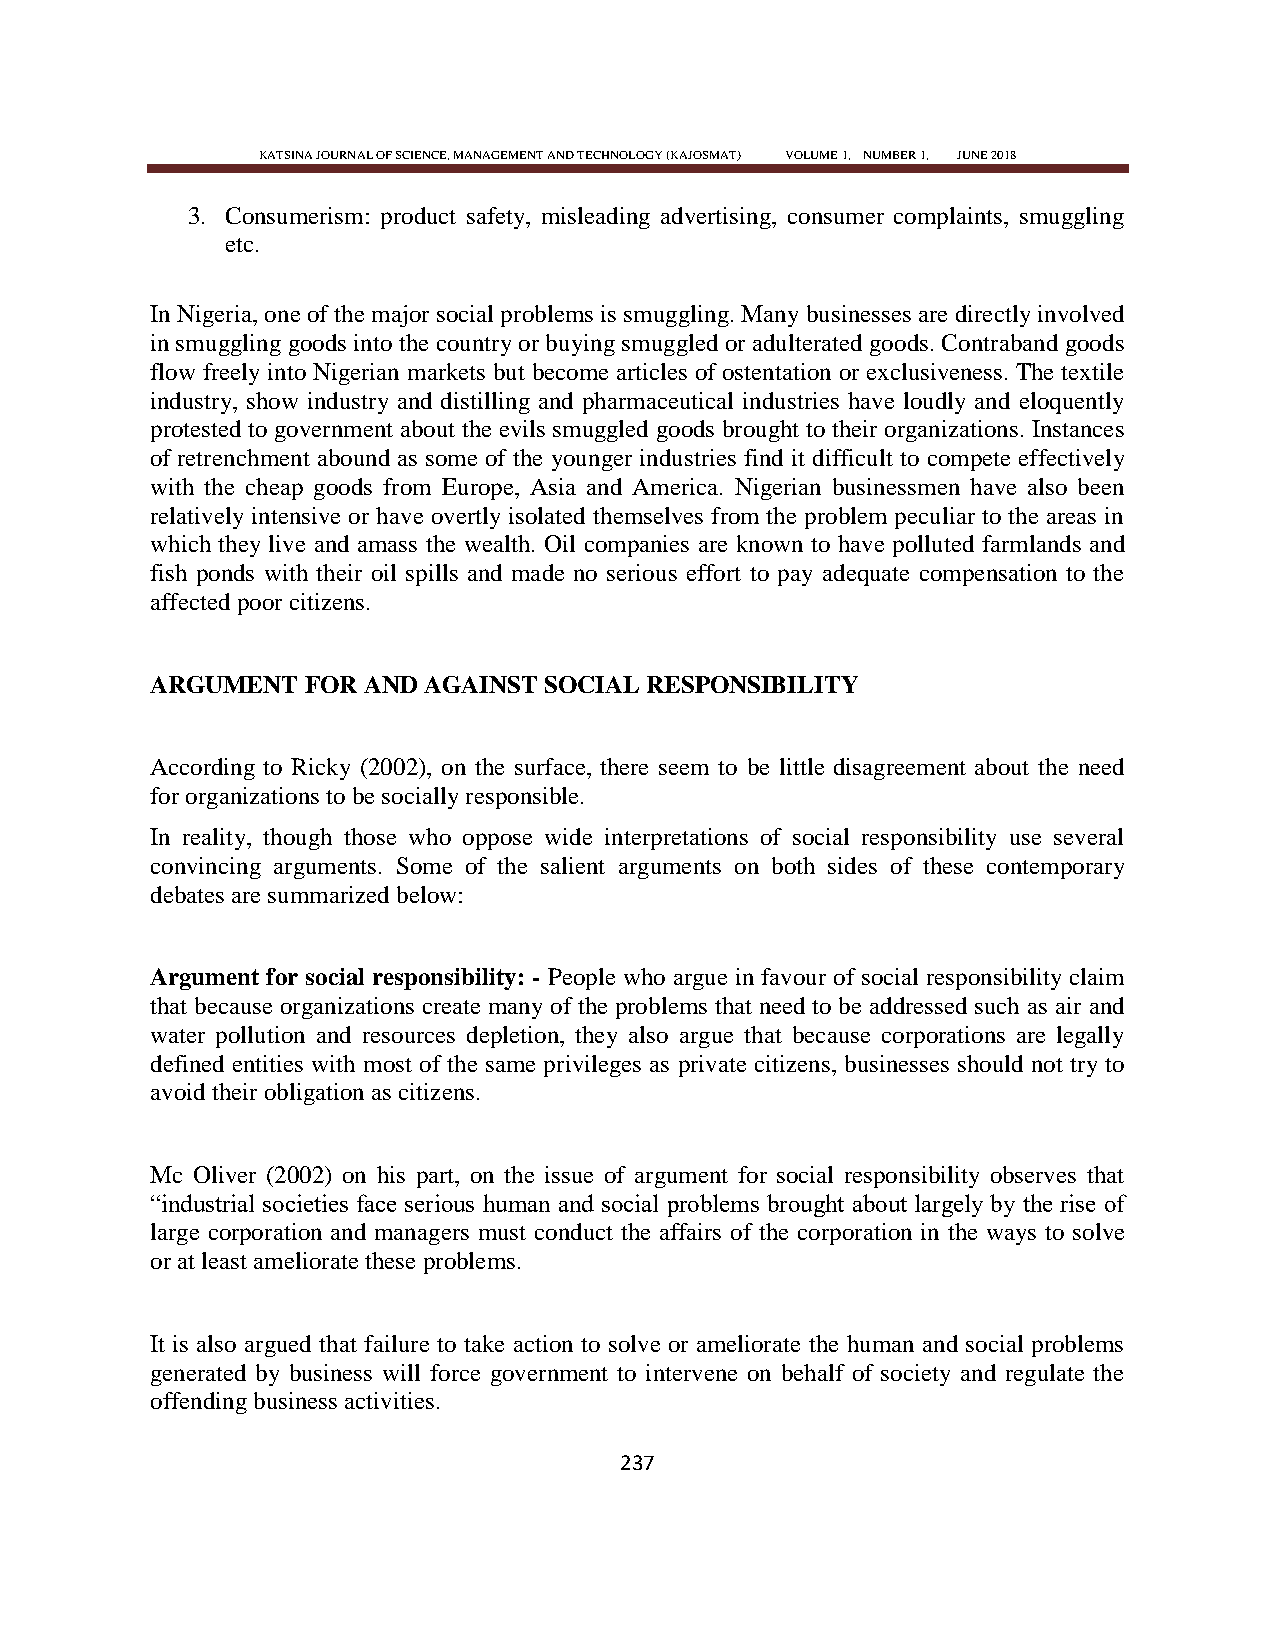
KATSINA JOURNAL OF SCIENCE, MANAGEMENT AND TECHNOLOGY (KAJOSMAT) VOLUME 1, NUMBER 1, JUNE 2018
 3. Consumerism: product safety, misleading advertising, consumer complaints, smuggling
 etc.
 In Nigeria, one of the major social problems is smuggling. Many businesses are directly involved
 in smuggling goods into the country or buying smuggled or adulterated goods. Contraband goods
 flow freely into Nigerian markets but become articles of ostentation or exclusiveness. The textile
 industry, show industry and distilling and pharmaceutical industries have loudly and eloquently
 protested to government about the evils smuggled goods brought to their organizations. Instances
 of retrenchment abound as some of the younger industries find it difficult to compete effectively
 with the cheap goods from Europe, Asia and America. Nigerian businessmen have also been
 relatively intensive or have overtly isolated themselves from the problem peculiar to the areas in
 which they live and amass the wealth. Oil companies are known to have polluted farmlands and
 fish ponds with their oil spills and made no serious effort to pay adequate compensation to the
 affected poor citizens.
 ARGUMENT  FOR AND AGAINST SOCIAL RESPONSIBILITY
 According to Ricky (2002), on the surface, there seem to be little disagreement about the need
 for organizations to be socially responsible.
 In reality, though those who oppose wide interpretations of social responsibility use several
 convincing arguments. Some of the salient arguments on both sides of these contemporary
 debates are summarized below:
 Argument for social responsibility: - People who argue in favour of social responsibility claim
 that because organizations create many of the problems that need to be addressed such as air and
 water pollution and resources depletion, they also argue that because corporations are legally
 defined entities with most of the same privileges as private citizens, businesses should not try to
 avoid their obligation as citizens.
 Mc Oliver (2002) on his part, on the issue of argument for social responsibility observes that
 ―industrial societies face serious human and social problems brought about largely by the rise of
 large corporation and managers must conduct the affairs of the corporation in the ways to solve
 or at least ameliorate these problems.
 It is also argued that failure to take action to solve or ameliorate the human and social problems
 generated by business will force government to intervene on behalf of society and regulate the
 offending business activities.
 237